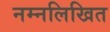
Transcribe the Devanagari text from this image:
नम्नलिखित